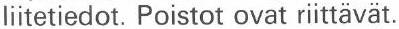
liitetiedot. Poistot ovat riittävät.